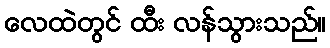
လေထဲတွင် ထီး လန်သွားသည်။